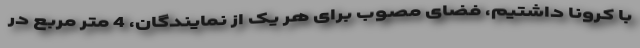
با کرونا داشتیم، فضای مصوب برای هر یک از نمایندگان، 4 متر مربع در